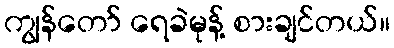
ကျွန်တော် ရေခဲမုန့် စားချင်တယ်။